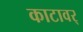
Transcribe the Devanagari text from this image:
काटावर्